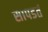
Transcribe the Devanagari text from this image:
सापडतं